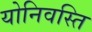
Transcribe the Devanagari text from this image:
योनिवस्ति